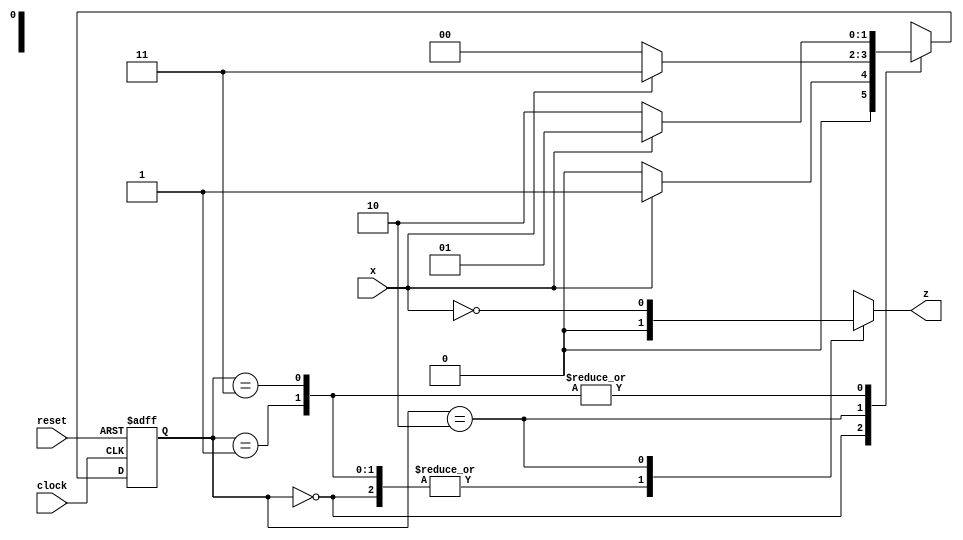
module Lab3_Sequence_Recognizer_state_diagram (input x,clock,reset,output reg z);
    reg[1:0] state,next_state;
    parameter s0=3'b000,s1=3'b001,s2=3'b010,s3=3'b011,s4=3'b100,s5=3'b101;
    always@(posedge clock,negedge reset)
        if(reset==0) state<=s0;
        else state<=next_state;
    always@(state,x)
        case (state)
            s0:if(x) next_state=s1;else next_state=s4;
            s1:if(x) next_state=s1;else next_state=s2;
            s2:if(x) next_state=s3;else next_state=s4;
            s3:if(x) next_state=s5;else next_state=s2;
            s4:if(x) next_state=s3;else next_state=s4;
            s5:if(x) next_state=s1;else next_state=s2;
        endcase
    always @(state,x)
        case (state)
            s0,s1,s3,s4:z=0;
            s2:z=~x;
            s5:z=x;  
        endcase
endmodule